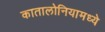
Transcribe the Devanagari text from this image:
कातालोनियामध्ये